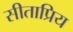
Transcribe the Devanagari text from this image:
सीताप्रिय